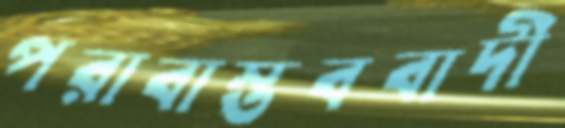
পরাবাস্তববাদী